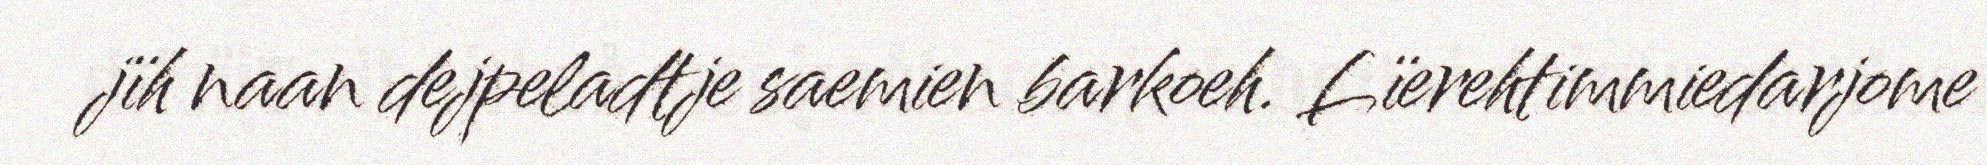
jïh naan dejpeladtje saemien barkoeh. Lïerehtimmiedarjome